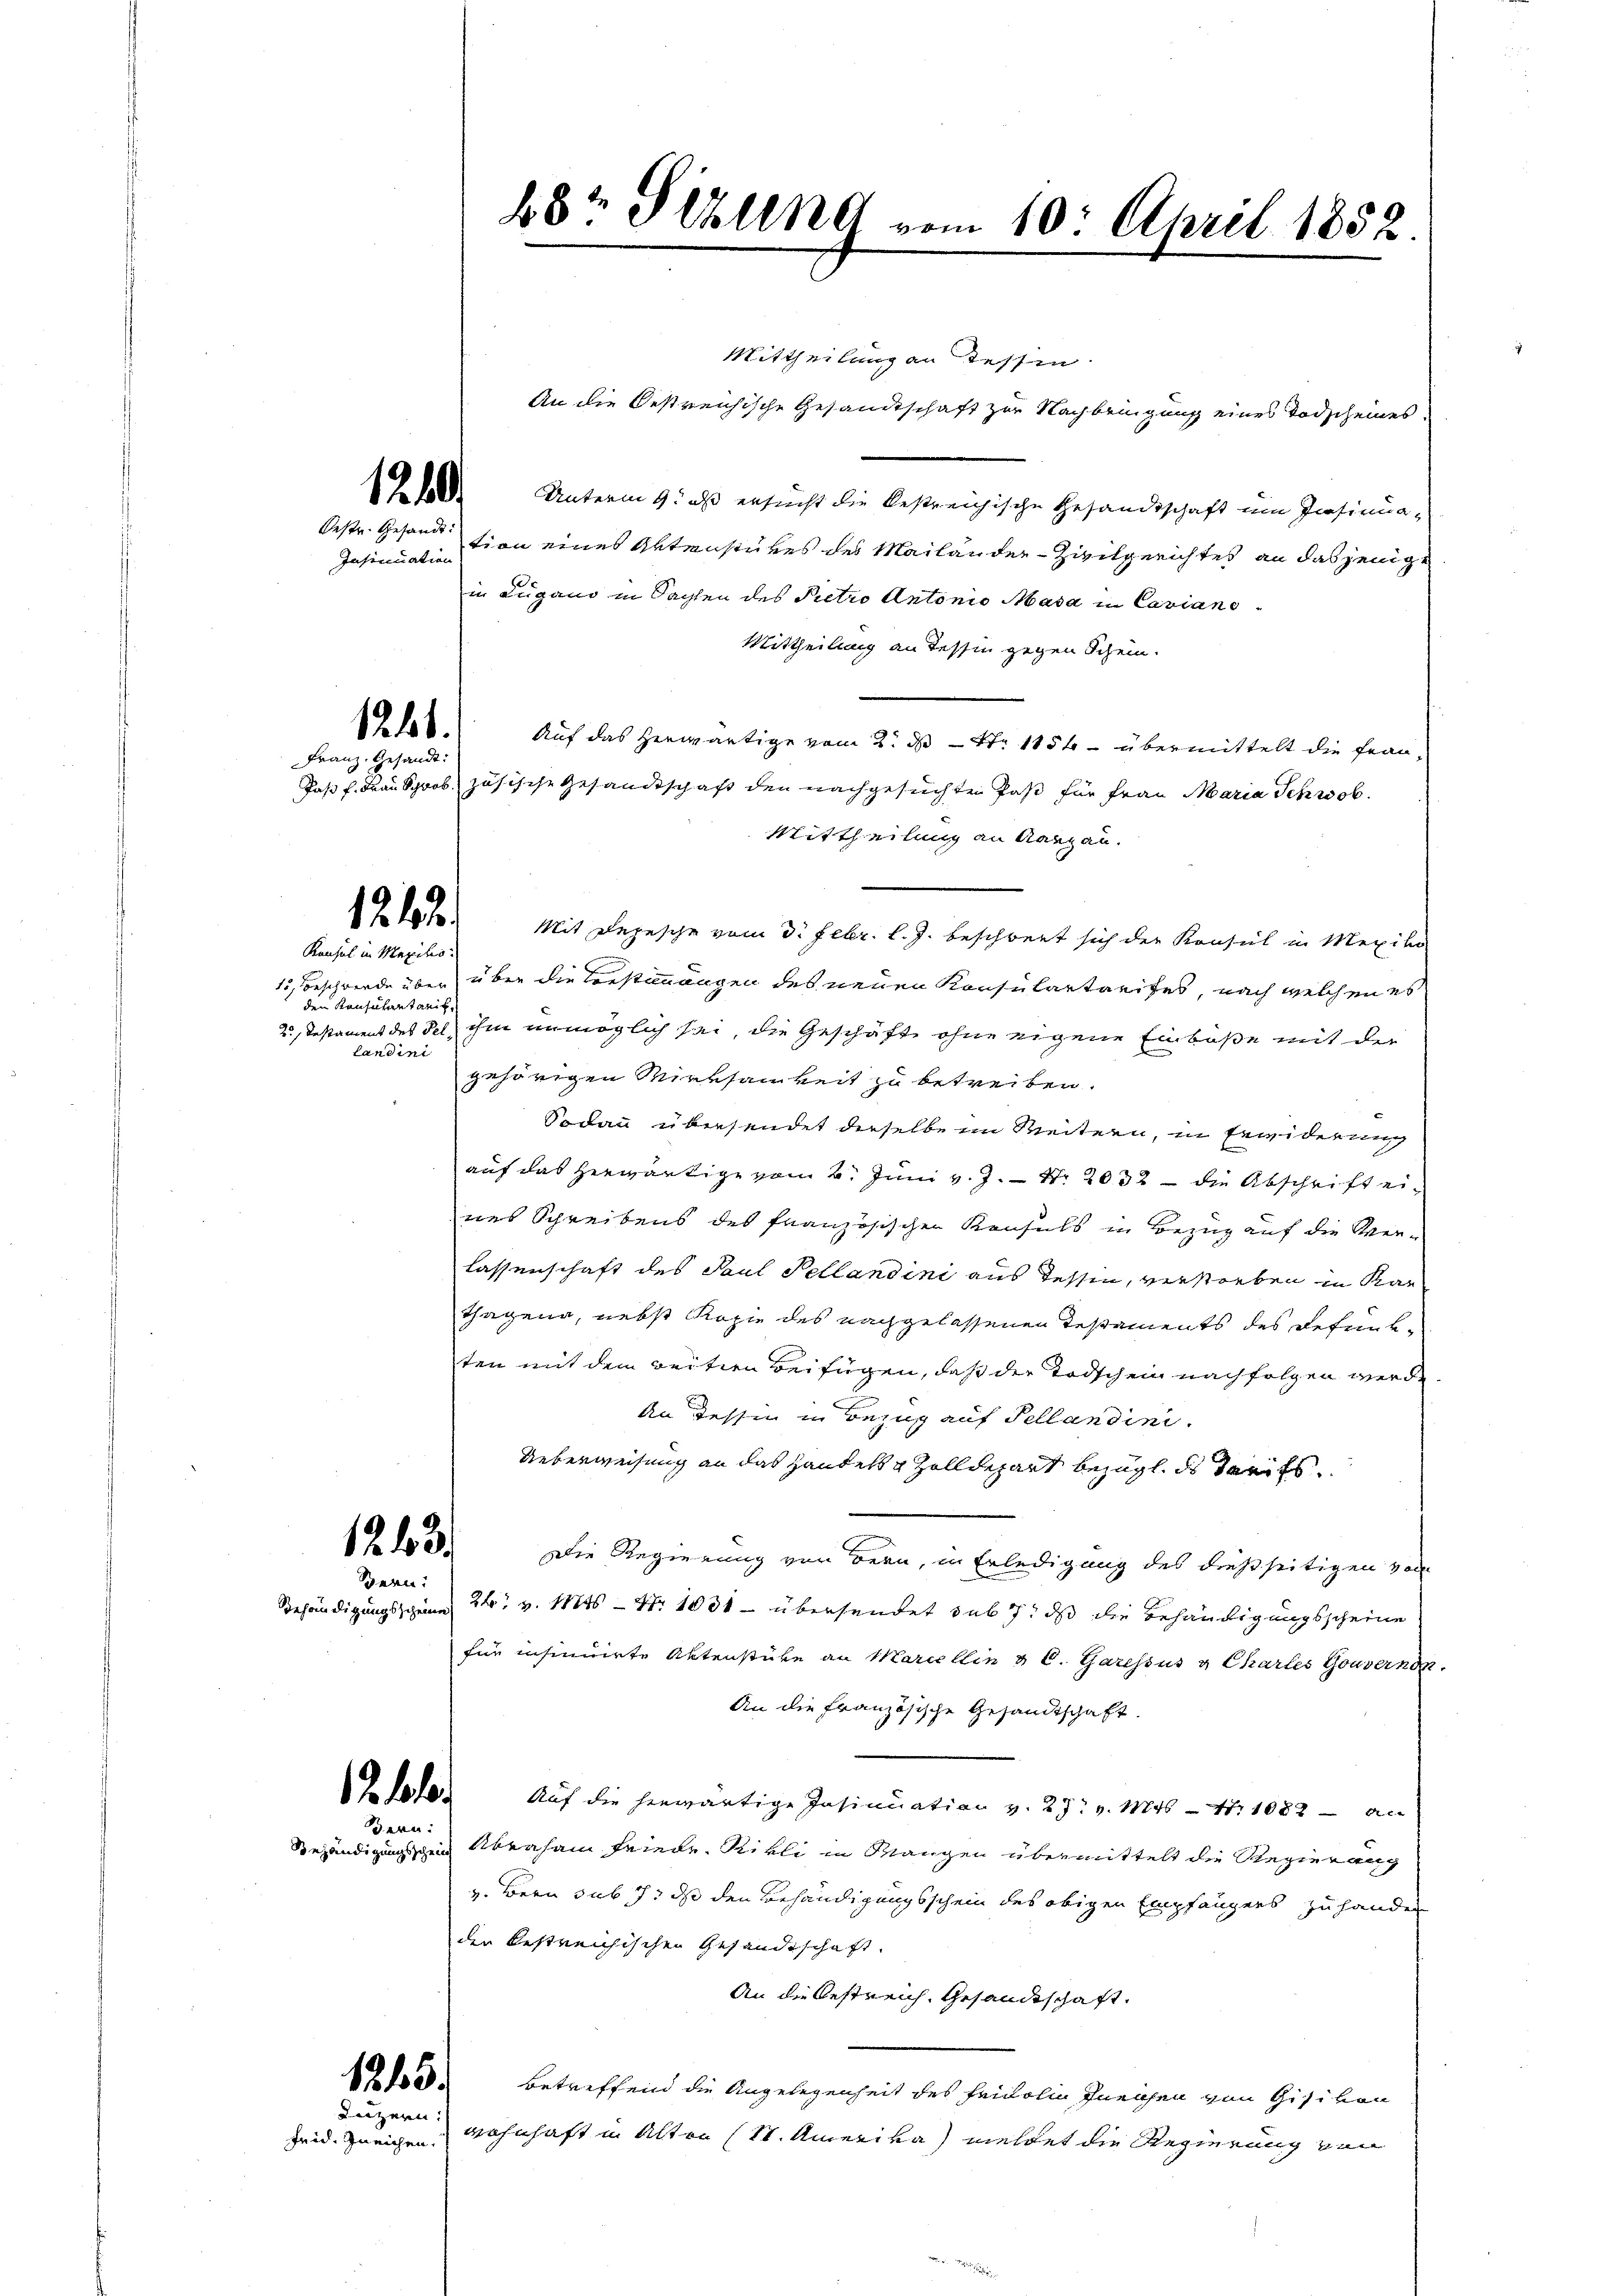
Insinuation

1211.

Franz. Gesandt.

1212.
Konsul in Maxilio.

den Konsulantanik
landing

.

ern:
Behändigungsscheine

Bern:

1245.
Luzern.

Mittheilung an Tessin
An die Oestreichische Gesandtschaft zur Nachbringung eines Todscheines
 8. Unterm 9. als ersucht die bestreichische Gesandtschaft um Insinua¬
Oestr. Gesandt sien eines Aktenstures des Mailänder-Zivilgerichtes an dasjenige
in Lugano in Sachen des Petro Antonio Masa in Cavians
Mittheilung an Tessin gegen Schein.
Auf das herwärtige vom 2. ds S. 1154 - übermittelt die Fran¬
Daß f. Frau Sprob zösische Gesandtschaft den nachgesuchten Paß für Frau Maria Schwab
Mittheilung an Aargau.
Mit Depesche vom 3. Febr. l. J. beschwert sich der Konsul in Mexiko
15, Beschwerde über über die Vorstimmungen des neuen Konsulartreifes, nach welchen es
2. Testament des Fel, ihm unmöglich sei, die Geschäft ohne eigene Einbuße mit der
gehörigen Wirksamkeit zu betreiben.
Sodann übersendet derselbe im Weitern, in Erwiderung
auf das herwärtige vom 2. Juni v. J. S. 2032 - die Abschrift eines Schreibens des französischen Konsuls in Bezug auf die Werlassenschaft des Paul Sellandini aus Tessin, verstorben in Kan
thagen, nebst Kopie des nachgelassenen Testaments des Befunk-
ten mit dem weitern Beifügen, daß der Todschein nachfolgen werde,
An dessen in Bezug auf Tellandini.
Ueberweisung an das Handels & Zolldepart bezügl. des Tarifs
Die Regierung von dern, in Erledigung des dießseitigen von
2t v. Mts - Nr. 1031 - übersendet sub 7, daß die Behändigungsscheine
für insinuirte Aktenstücke an Mariellin u C. Garessus v. Charles Gouvernon.
An die Französische Gesandtschaft.
Iloder Auf die herwärtige Insinuation v. 27. v. 1846 - 4. 1082 - an
Behändigungsschen Abraham Friede Rikli in Mangen übermittelt die Regierung
v. Bern sub 7. ds den Behändigungsschein des obigen Empfängers zu hander
der bestreichischen Gesandtschaft.
An die Bestreich, Gesandtschaft.
Betreffend die Angelegenheit des Fridolin Ineichen von Gisikon
seid. Zueichen. Wohnhaft in Alten (1. Amerika) meldet die Regierung von

48r Sehling vom 10. April 1852.